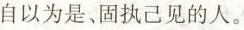
自以为是、固执己见的人。